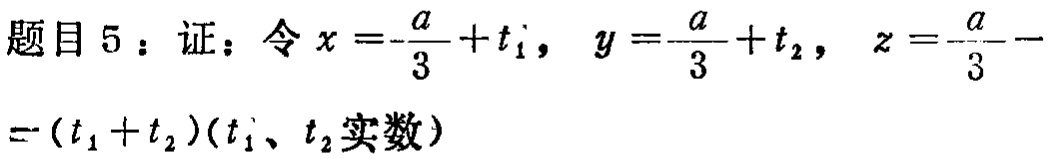
题目5：证：令\(x =-\frac{a}{3}+t_1\)，\(y =\frac{a}{3}+t_2\)，\(z =-\frac{a}{3}-(t_1 + t_2)(t_1、t_2实数)\)